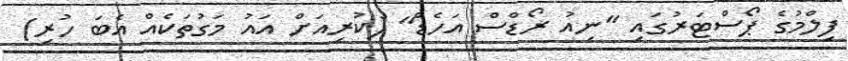
ފިލްމުގެ ޕޯސްޓަރުގައި "ނިއު ރޯޑްސް އަހެޑް" (ކުރިއަށް އައު މަގުތަކެއް އެބަ ހުރި)